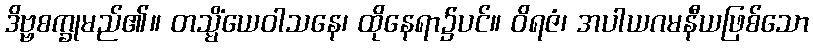
ဒိဗ္ဗစက္ခုမည်၏။ တသ္မိံယေဝါသနေ၊ ထိုနေရာ၌ပင်။ ဝိရဇံ၊ အပါယဂမနီယဖြစ်သော